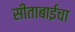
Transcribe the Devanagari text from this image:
सीताबाईचा